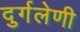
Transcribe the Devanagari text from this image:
दुर्गलेणी